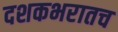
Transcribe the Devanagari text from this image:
दशकभरातच